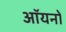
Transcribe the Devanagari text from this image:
ऑयनों